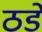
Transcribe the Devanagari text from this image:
ठडे